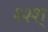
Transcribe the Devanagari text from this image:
श्श्श्